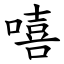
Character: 嘻